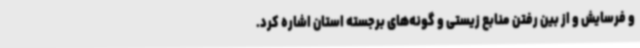
و فرسایش و از بین رفتن منابع زیستی و گونه‌های برجسته استان اشاره کرد.